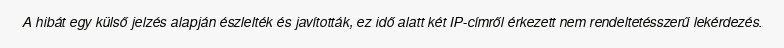
A hibát egy külső jelzés alapján észlelték és javították, ez idő alatt két IP-címről érkezett nem rendeltetésszerű lekérdezés.